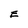
Character: E